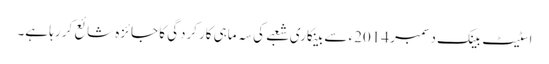
اسٹیٹ بینک دسمبر 2014ء سے بینکاری شعبے کی سہ ماہی کارکردگی کا جائزہ شائع کر رہا ہے۔